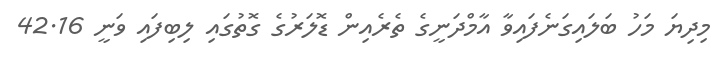
މިދިޔަ މަހު ބަލައިގަނެފައިވާ އާމްދަނީގެ ތެރެއިން ޑޮލަރުގެ ގޮތުގައި ލިބިފައި ވަނީ 42.16